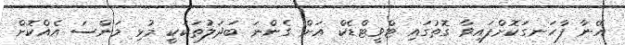
އޭނާ ފާހަނގަކޮށްފައިވާ ގޮތުގައި ޓްވީޓްޑެކް އަށް ގެންނަ ބަދަލުތަކަކީ މުޅި މަންސަ އެއްކޮށް